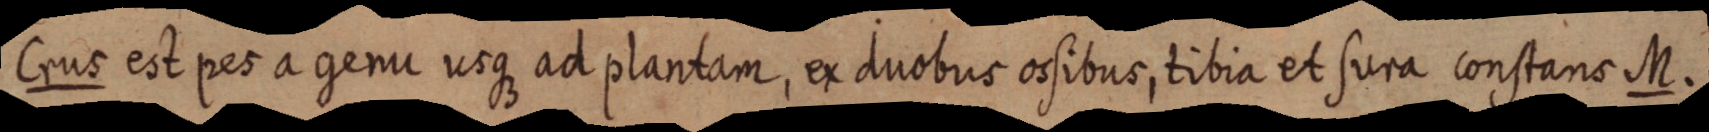
Crus est pes a genu usque ad plantam, ex duobus osibus, tibia et sura constans M.